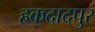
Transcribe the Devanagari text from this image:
हकदादपुर